Leaving Certificate Examination (including Day School Certificate (Higher) General paper), 1929
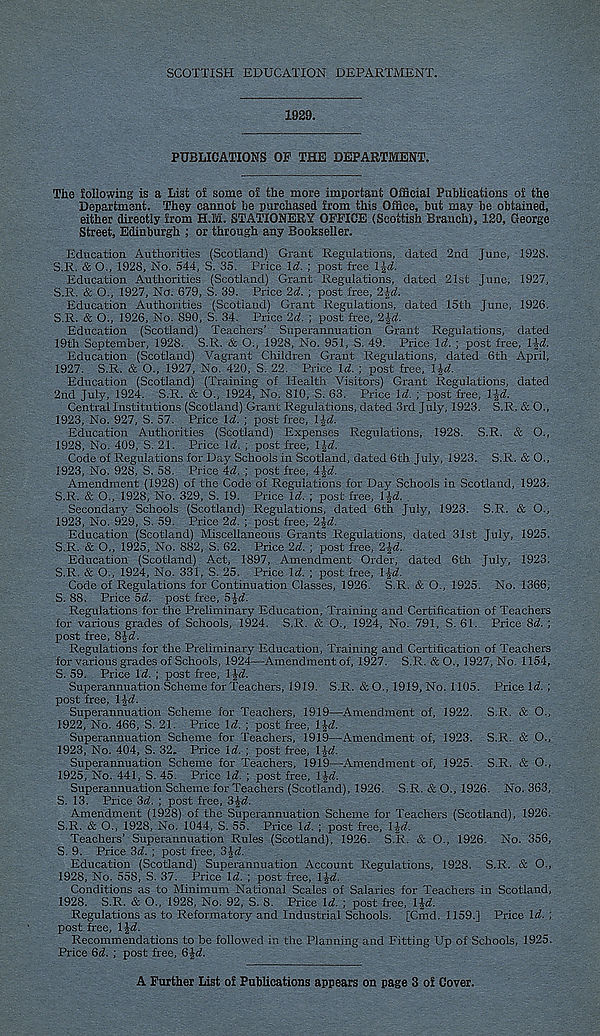
SCOTTISH EDUCATION DEPARTMENT.
1029.
PUBLICATIONS OP THE DEPARTMENT.
The following is a List oi some of the more important Official Publications of the
Department. They cannot be purchased from this Office, but may be obtained,
either directly from H.M. STATIONERY OFFICE (Scottish Branch), 120, George
Street, Edinburgh ; or through any Bookseller.
Education Authorities (Scotland) Grant Regulations, dated 2nd June, 1928.
S.R. & O., 1928, No. 544, S. 35. Price \d. ; post free IJrf.
Education Authorities (Scotland) Grant Regulations, dated 21st June, 1927,
S.R. & O., 1927, No. 679, S. 39. Price 2d,. ; post free, 2\d.
Education Authorities (Scotland) Grant Regulations, dated 15th June, 1926.
S.R. & O., 1926, No. 890, S. 34. Price 2d. ; post free, 2\d.
Education (Scotland) Teachers’ Superannuation Grant Regulations, dated
19th September, 1928. S.R. & O., 1928, No. 951, S. 49. Price \d. ; post free, TJd
Education (Scotland) Vagrant Children Grant Regulations, dated 6th April,
1927. S.R. & O., 1927, No. 420, S. 22. Price \d. ; post free, \%d.
Education (Scotland) (Training of Health Visitors) Grant Regulations, dated
2nd July, 1924. S.R. & O., 1924, No. 810, S. 63. Price Id. ; post free, U 2 d.
Central Institutions (Scotland) Grant Regulations, dated 3rd July, 1923. S.R. & O.,
1923, No. 927, S. 57. Price Id. ; post free, \ ^d.
Education Authorities (Scotland) Expenses Regulations, 1928. S.R. & O.,
1928, No. 409, S. 21. Price Id. ; post free, 1 Id.
Code of Regulations for Day Schools in Scotland, dated 6th July, 1923. S.R. & O.,
1923, No. 928, S. 58. Price id. ; post free, 4^d.
Amendment (1928) of the Code of Regulations for Day Schools in Scotland, 1923.
S.R. & O., 1928, No. 329, S. 19. Price Id. ; post free, l^d. .
Secondary Schools (Scotland) Regulations, dated 6th July, 1923. S.R. & O.,
1923, No. 929, S. 59. Price 2d. ; post free, 2%d.
Education (Scotland) Miscellaneous Grants Regulations, dated 31st July, 1925.
S.R. & O,, 1925, No. 882, S. 62. Price 2d. ; post free, 2*<*.
Education (Scotland) Act, 1897, Amendment Order, dated 6th July, 1923.
S.R. & O., 1924, No. 331, S. 25. Price \d. ; post free, l£d.
Code of Regulations for Continuation Classes, 1926. S.R. & O., 1925. No. 1366,
S. 88. Price 5d. post free, 5£d.
Regulations for the Preliminary Education, Training and Certification of Teachers
for various grades of Schools, 1924. S.R. & O., 1924, No. 791, S. 61. Price 8d. ;
post free, 8id.
Regulations for the Preliminary Education, Training and Certification of Teacher's
for various grades of Schools, 1924—Amendment of, 1927. S.R. & O., 1927, No. 1154,
S. 59. Price Id. ; post free, 1 jd.
Superannuation Scheme for Teachers, 1919. S.R. &0., 1919, No. 1105. Price fo. ;
post free, lid.
Superannuation Scheme for Teachers, 1919—Amendment of, 1922. S.R. & O.,
1922, No. 466, S. 21. Price Id. ; post free, 1J<7.
Superannuation Scheme for Teachers, 1919—Amendment of, 1923. S.R. & .0.,
1923, No. 404, S. 32. Price Id. ; post free, lid.
Superannuation Scheme for Teachers, 1919—Amendment of, 1925. S.R. & O.,
1925, No. 441, S. 45. Price Id. ; post free, 1 id.
Superannuation Scheme for Teachers (Scotland), 1926. S.R. & O., 1926. No. 363,
S. 13. Price 3d. ; post free, 3id.
Amendment (1928) of the Superannuation Scheme for Teachers (Scotland), 1926.
S.R. & O., 1928, No. 1044, S. 55. Price Id. ; post free, lid.
Teachers’ Superannuation Rules (Scotland), 1926. S.R. & O., 1926. No. 356,
S. 9. Price 3d. ; post free, 3id.
Education (Scotland) Superannuation Account Regulations, 1928. S.R. & O.,
1928, No. 558, S. 37. Price Id. ; post free, lid.
Conditions as to Minimum National Scales of Salaries for Teachers in Scotland,
1928. S.R. & O., 1928, No. 92, S. 8. Price Id. ; post free, lid.
Regulations as to Reformatory and Industrial Schools. [Cmd. 1159.] Price Id. ;
post free, lid.
Recommendations to be followed in the Planning and Fitting Up of Schools, 1925.
Price Gd. ; post free, 6JW.
A Further List of Publications appears on page 3 of Cover.